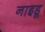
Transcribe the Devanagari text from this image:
नाइडू